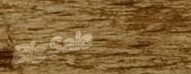
BigSale